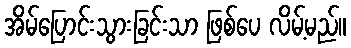
အိမ်ပြောင်းသွားခြင်းသာ ဖြစ်ပေ လိမ့်မည်။